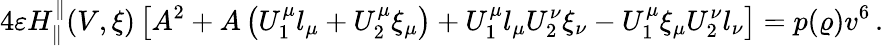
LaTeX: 4\varepsilon H_{\parallel}^{\parallel}(V,\xi)\left[A^{2}+A\left(U_{1}^{\mu}l_{\mu}+U_{2}^{\mu}\xi_{\mu}\right)+U_{1}^{\mu}l_{\mu}U_{2}^{\nu}\xi_{\nu}-U_{1}^{\mu}\xi_{\mu}U_{2}^{\nu}l_{\nu}\right]=p(\varrho)v^{6}\, .